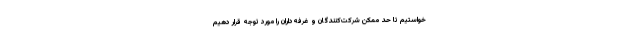
خواستیم تا حد ممکن شرکت‌کنندگان و غرفه‌داران را مورد توجه قرار دهیم